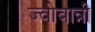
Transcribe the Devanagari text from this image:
ज्वोवान्नी